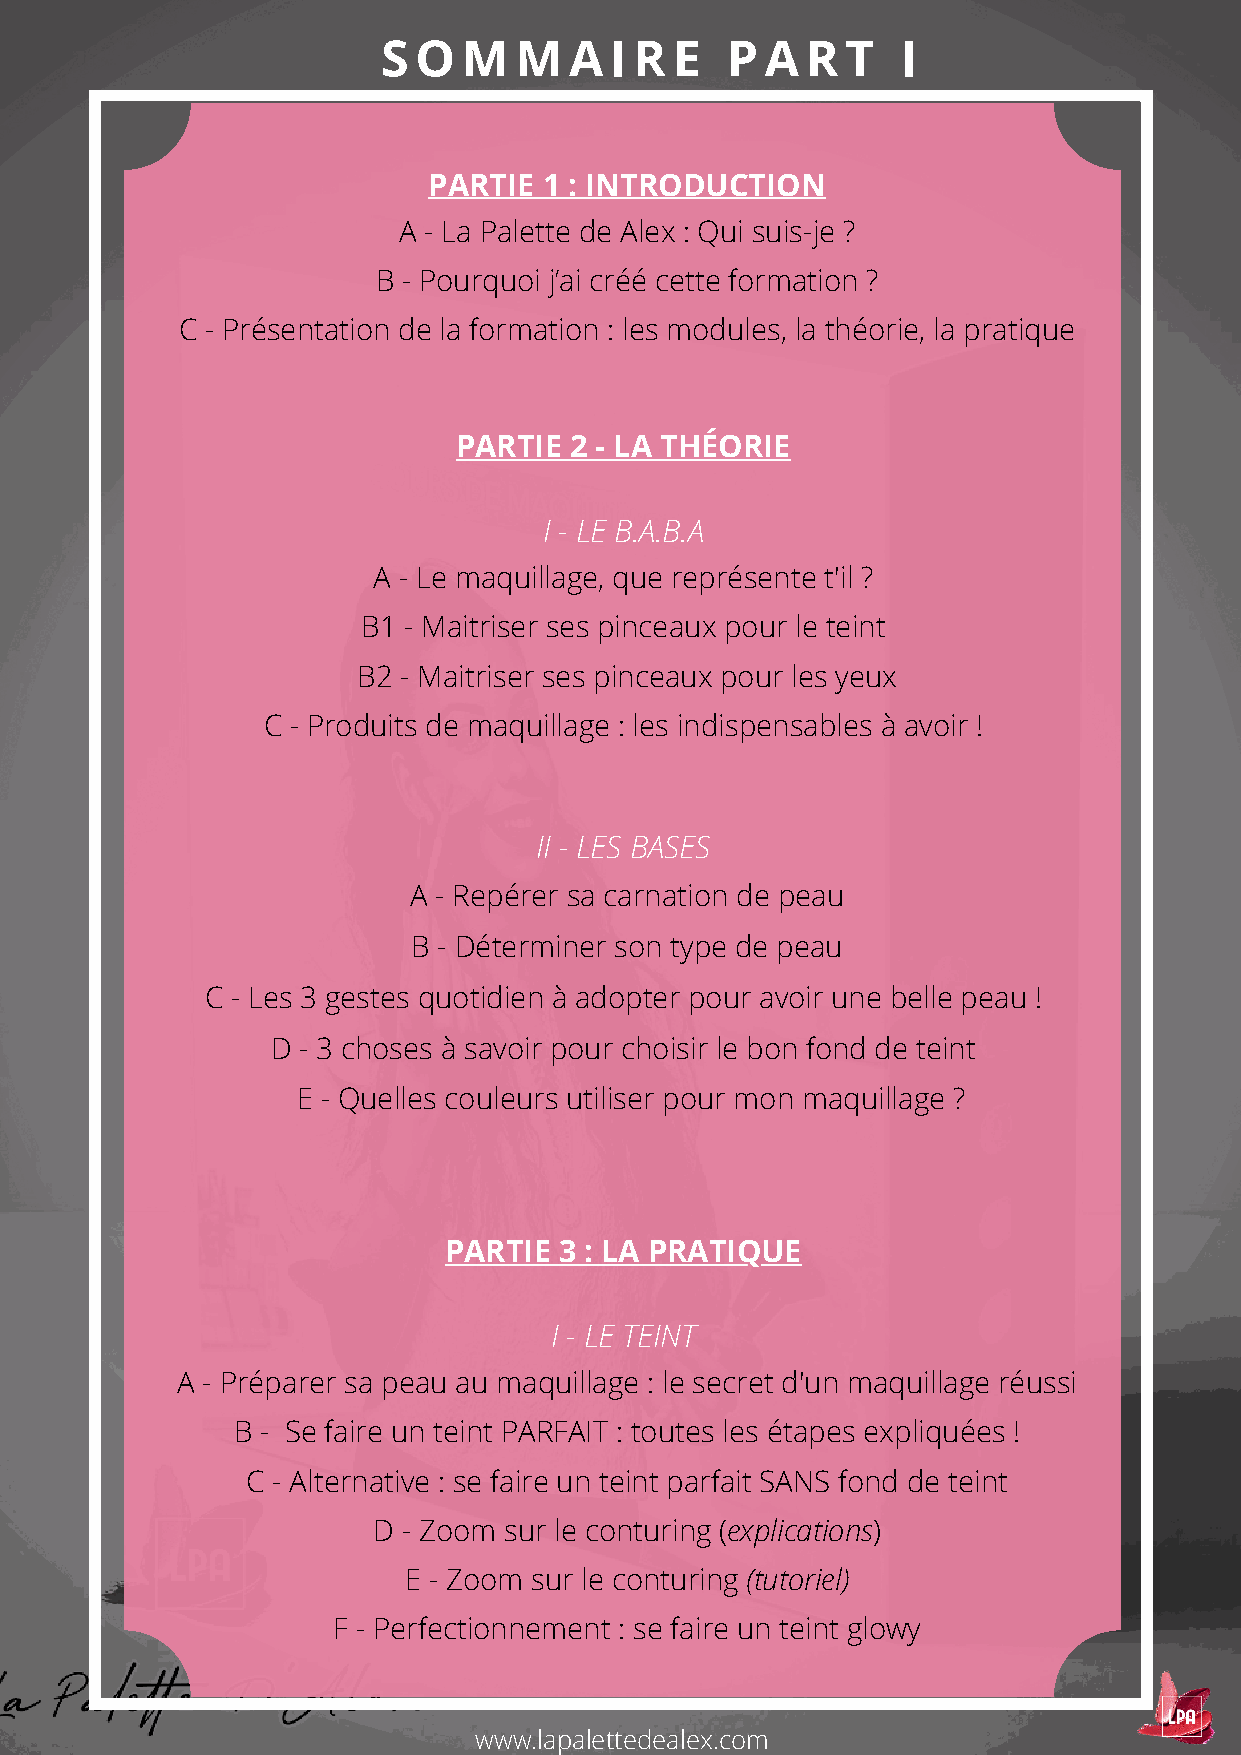
S O   M  M   A I R  E  P  A R  T   I
 PARTIE  1 : INTRODUCTION
 A - La Palette de Alex : Qui suis-je ?
 B - Pourquoi j’ai créé cette formation ?
 C - Présentation de la formation : les modules, la théorie, la pratique
 PARTIE  2 - LA THÉORIE
 I - LE B.A.B.A
 A - Le maquillage, que représente t'il ?
 B1 - Maitriser ses pinceaux pour le teint
 B2 - Maitriser ses pinceaux pour les yeux
 C - Produits de maquillage : les indispensables à avoir !
 II - LES BASES
 A - Repérer sa carnation de peau
 B - Déterminer son type de peau
 C - Les 3 gestes quotidien à adopter pour avoir une belle peau !
 D - 3 choses à savoir pour choisir le bon fond de teint
 E - Quelles couleurs utiliser pour mon maquillage ?
 PARTIE  3 : LA PRATIQUE
 I - LE TEINT
 A - Préparer sa peau au maquillage : le secret d'un maquillage réussi
 B - Se faire un teint PARFAIT : toutes les étapes expliquées !
 C - Alternative : se faire un teint parfait SANS fond de teint
 D - Zoom sur le conturing (explications)
 E - Zoom sur le conturing (tutoriel)
 F - Perfectionnement : se faire un teint glowy
 www.lapalettedealex.com